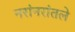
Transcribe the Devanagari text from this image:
नरांनरांतले